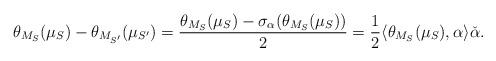
LaTeX: \begin{align*}\theta_{M_S}(\mu_S)- \theta_{M_{S'}}(\mu_{S'})=\frac{\theta_{M_S}(\mu_S) - \sigma_{\alpha}(\theta_{M_S}(\mu_S))}{2}=\frac{1}{2} \langle \theta_{M_S}(\mu_S), \alpha \rangle \check{\alpha}.\end{align*}